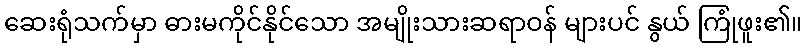
ဆေးရုံသက်မှာ ဓားမကိုင်နိုင်သော အမျိုးသားဆရာဝန် များပင် နွယ် ကြုံဖူး၏။